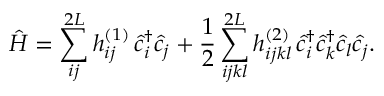
\hat { H } = \sum _ { i j } ^ { 2 L } h _ { i j } ^ { ( 1 ) } \, \hat { c } _ { i } ^ { \dagger } \hat { c } _ { j } + \frac { 1 } { 2 } \sum _ { i j k l } ^ { 2 L } h _ { i j k l } ^ { ( 2 ) } \, \hat { c } _ { i } ^ { \dagger } \hat { c } _ { k } ^ { \dagger } \hat { c } _ { l } \hat { c } _ { j } .